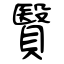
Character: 贀